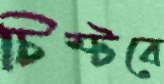
চিম্‌টবে